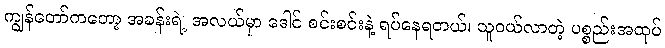
ကျွန်တော်ကတော့ အခန်းရဲ့ အလယ်မှာ ဒေါင် စင်းစင်းနဲ့ ရပ်နေရတယ်၊ သူဝယ်လာတဲ့ ပစ္စည်းအထုပ်